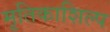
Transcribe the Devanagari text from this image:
मृतिकाशिल्प